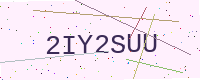
Text: 2IY2SUU